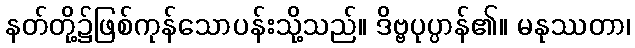
နတ်တို့၌ဖြစ်ကုန်သောပန်းသို့သည်။ ဒိဗ္ဗပုပ္ပာန်၏။ မနုဿတာ၊